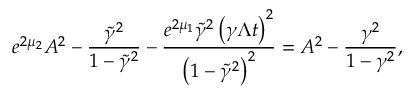
e ^ { 2 \mu _ { 2 } } A ^ { 2 } - \frac { \tilde { \gamma } ^ { 2 } } { 1 - \tilde { \gamma } ^ { 2 } } - \frac { e ^ { 2 \mu _ { 1 } } \tilde { \gamma } ^ { 2 } \left( \gamma \Lambda t \right) ^ { 2 } } { \left( 1 - \tilde { \gamma } ^ { 2 } \right) ^ { 2 } } = A ^ { 2 } - \frac { \gamma ^ { 2 } } { 1 - \gamma ^ { 2 } } ,